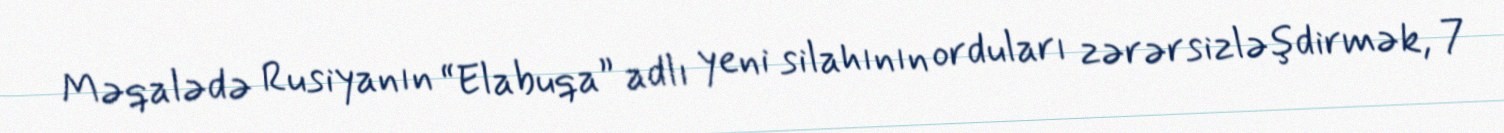
Məqalədə Rusiyanın “Elabuqa” adlı yeni silahının orduları zərərsizləşdirmək, 7